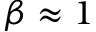
\beta \approx 1